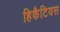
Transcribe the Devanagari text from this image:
हिकैटियस